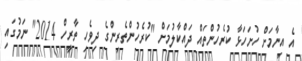
އެ އިނާމަށް ހުށަހަޅާ ކުރެހުންތައް ދައްކާލުމަށް "ކުރެހުންތެރިންގެ ދިވެހި ތާރީހް 2014" ނަމުގައި